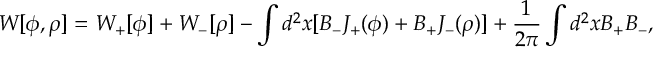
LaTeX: W [ \phi , \rho ] = W _ { + } [ \phi ] + W _ { - } [ \rho ] - \int d ^ { 2 } x [ B _ { - } J _ { + } ( \phi ) + B _ { + } J _ { - } ( \rho ) ] + { \frac { 1 } { 2 \pi } } \int d ^ { 2 } x B _ { + } B _ { - } ,